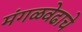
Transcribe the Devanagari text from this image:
मंगळवेढाचे